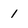
Character: 1